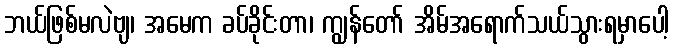
ဘယ်ဖြစ်မလဲဗျ၊ အမေက ခပ်ခိုင်းတာ၊ ကျွန်တော် အိမ်အရောက်သယ်သွားရမှာပေါ့